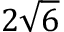
2 \sqrt { 6 }